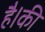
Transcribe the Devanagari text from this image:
है।की